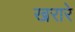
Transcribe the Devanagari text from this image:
खरारे